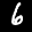
Label: 6